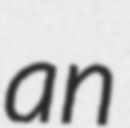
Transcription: an